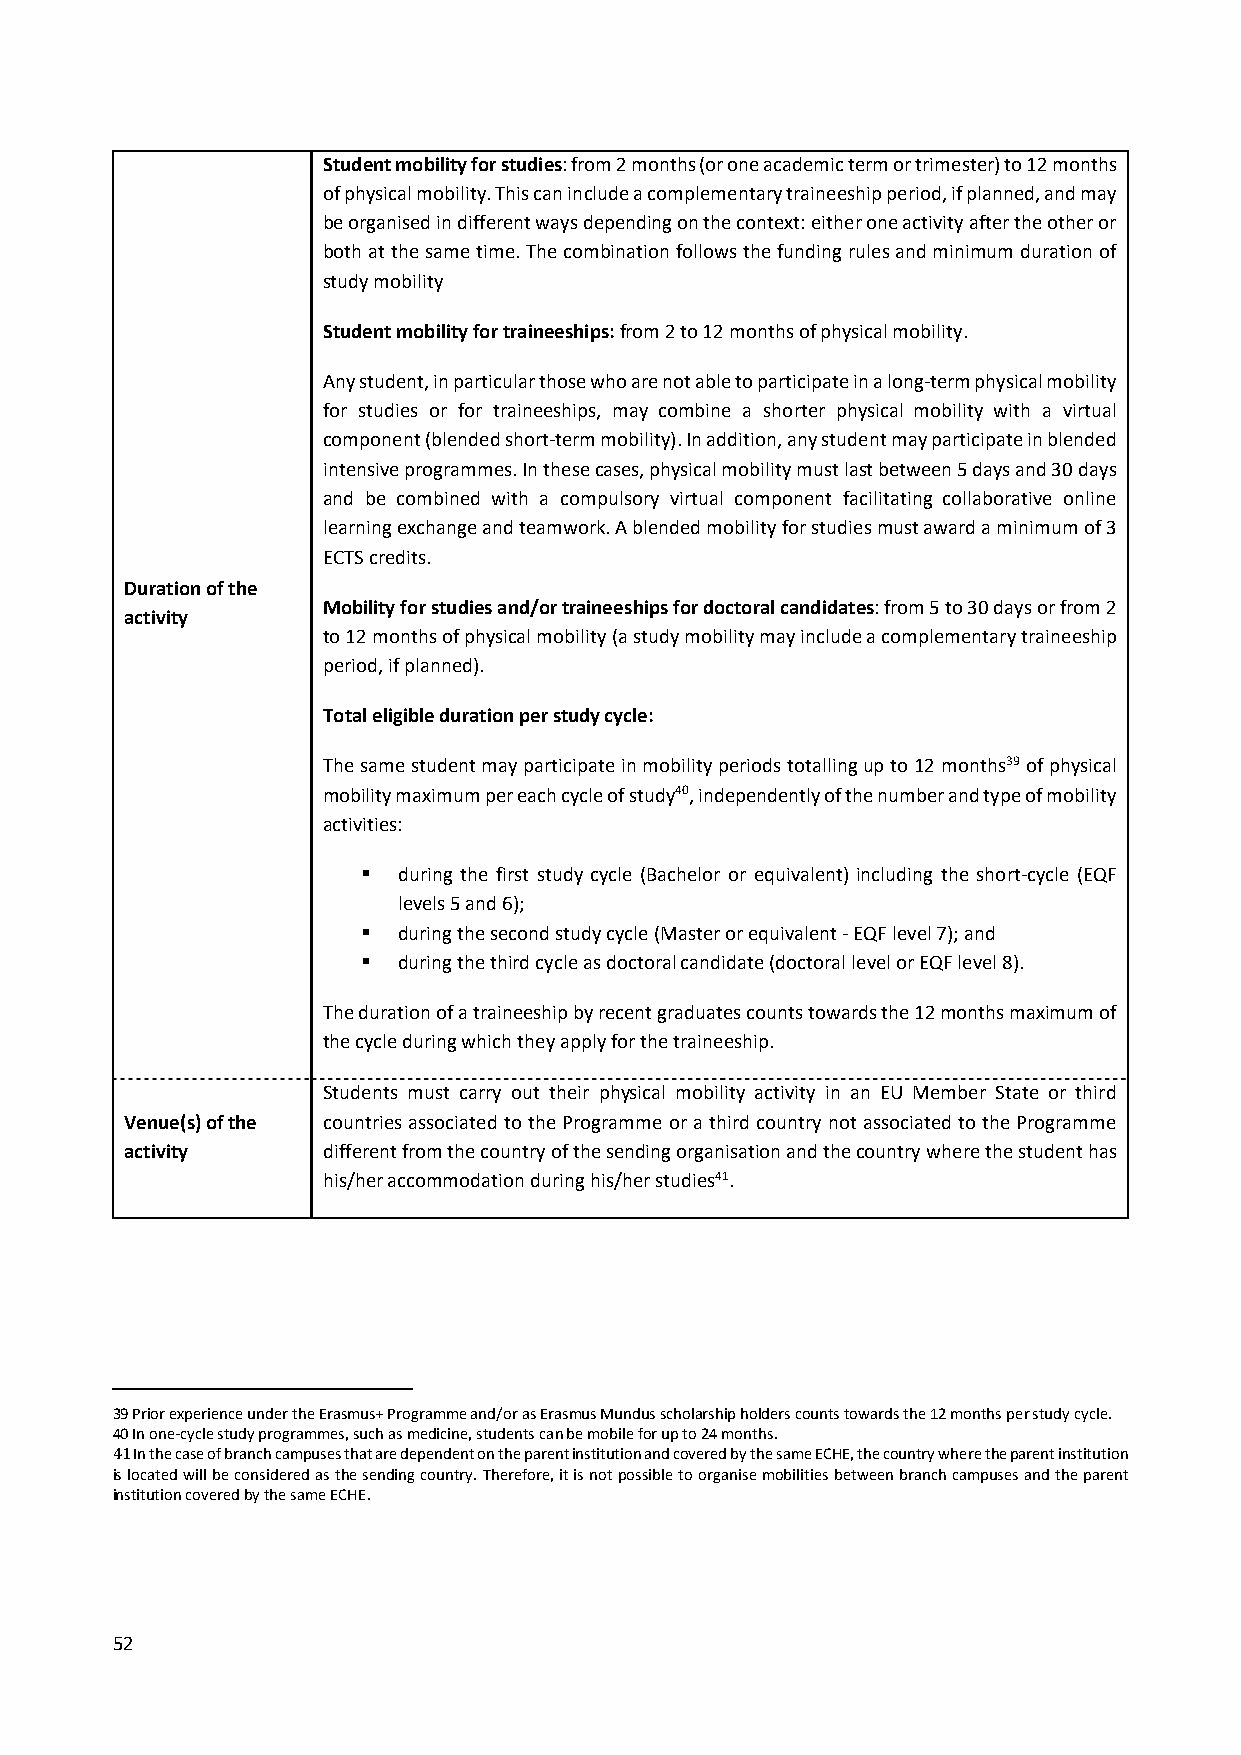
Student mobility for studies: from 2 months(or one academic term or trimester) to 12 months
 of physical mobility. This can include a complementary traineeship period, if planned, and may
 be organised in different ways depending on the context: either one activity after the other or
 both at the same time. The combination follows the funding rules and minimum duration of
 study mobility
 Student mobility for traineeships: from 2 to 12 months of physical mobility.
 Any student, in particular those who are not able to participate in a long‐term physical mobility
 for studies or for traineeships, may combine a shorter physical mobility with a virtual
 component (blended short‐term mobility). In addition, any student may participate in blended
 intensive programmes. In these cases, physical mobility must last between 5 days and 30 days
 and be combined with a compulsory virtual component facilitating collaborative online
 learning exchange and teamwork. A blended mobility for studies must award a minimum of 3
 ECTS credits.
 Duration of the
 Mobility for studies and/or traineeships for doctoral candidates: from 5 to 30 days or from 2
 activity
 to 12 months of physical mobility (a study mobility may include a complementary traineeship
 period, if planned).
 Total eligible duration per study cycle:
 The same student may participate in mobility periods totalling up to 12 months39 of physical
 mobility maximum per each cycle of study40, independently of the number and type of mobility
 activities:
  during the first study cycle (Bachelor or equivalent) including the short‐cycle (EQF
 levels 5 and 6);
  during the second study cycle (Master or equivalent ‐ EQF level 7); and
  during the third cycle as doctoral candidate (doctoral level or EQF level 8).
 The duration of a traineeship by recent graduates counts towards the 12 months maximum of
 the cycle during which they apply for the traineeship.
 Students must carry out their physical mobility activity in an EU Member State or third
 Venue(s) of the countries associated to the Programme or a third country not associated to the Programme
 activity     different from the country of the sending organisation and the country where the student has
 his/her accommodation during his/her studies41.
 39 Prior experience under the Erasmus+ Programme and/or as Erasmus Mundus scholarship holders counts towards the 12 months per study cycle.
 40 In one‐cycle study programmes, such as medicine, students can be mobile for up to 24 months.
 41 In the case of branch campuses that are dependent on the parent institution and covered by the same ECHE, the country where the parent institution
 is located will be considered as the sending country. Therefore, it is not possible to organise mobilities between branch campuses and the parent
 institution covered by the same ECHE.
 52